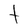
Character: t